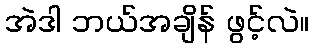
အဲဒါ ဘယ်အချိန် ဖွင့်လဲ။